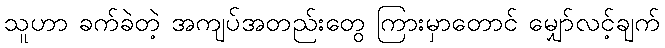
သူဟာ ခက်ခဲတဲ့ အကျပ်အတည်းတွေ ကြားမှာတောင် မျှော်လင့်ချက်